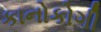
કાનોકોગી